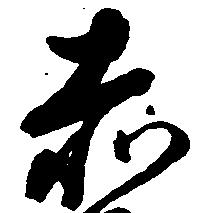
赤